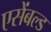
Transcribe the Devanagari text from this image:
एसेंबल्ड